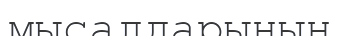
мысалдарының